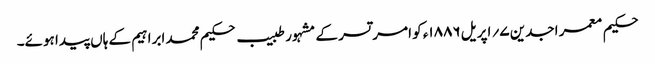
حکیم معمر اجدین ۷؍ اپریل ۱۸۸۶ء کو امر تسر کے مشہور طبیب حکیم محمد ابراہیم کے ہاں پیدا ہوئے۔